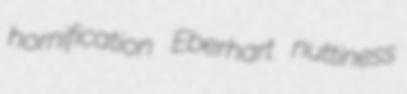
hornification Eberhart nuttiness